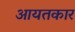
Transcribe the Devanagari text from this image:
आयतकार